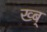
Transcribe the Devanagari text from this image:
ख्ब्